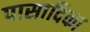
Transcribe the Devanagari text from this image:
पासादिका